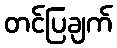
တင်ပြချက်